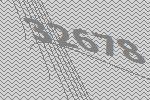
32678